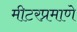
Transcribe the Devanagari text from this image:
मीटरप्रमाणे